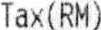
TAX(RM)